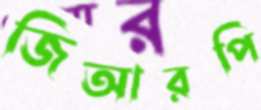
জিআরপি